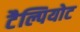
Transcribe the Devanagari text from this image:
टैल्पियोट